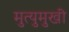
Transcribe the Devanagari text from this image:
मुत्युमुखी